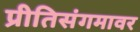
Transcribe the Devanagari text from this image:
प्रीतिसंगमावर